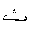
Letter: _tha